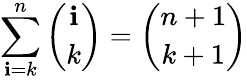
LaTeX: \sum_{\mathbf{i}=k}^{n}{\binom{\mathbf{i}}{k}}={\binom{n+1}{k+1}}